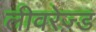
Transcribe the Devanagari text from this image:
लीवरेज़्ड